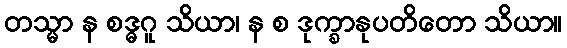
တသ္မာ န စဒ္ဓဂူ သိယာ၊ န စ ဒုက္ခာနုပတိတော သိယာ။